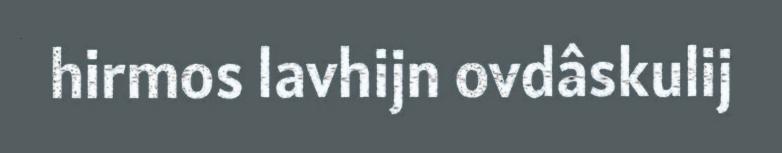
hirmos lavhijn ovdâskulij